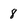
Character: 8